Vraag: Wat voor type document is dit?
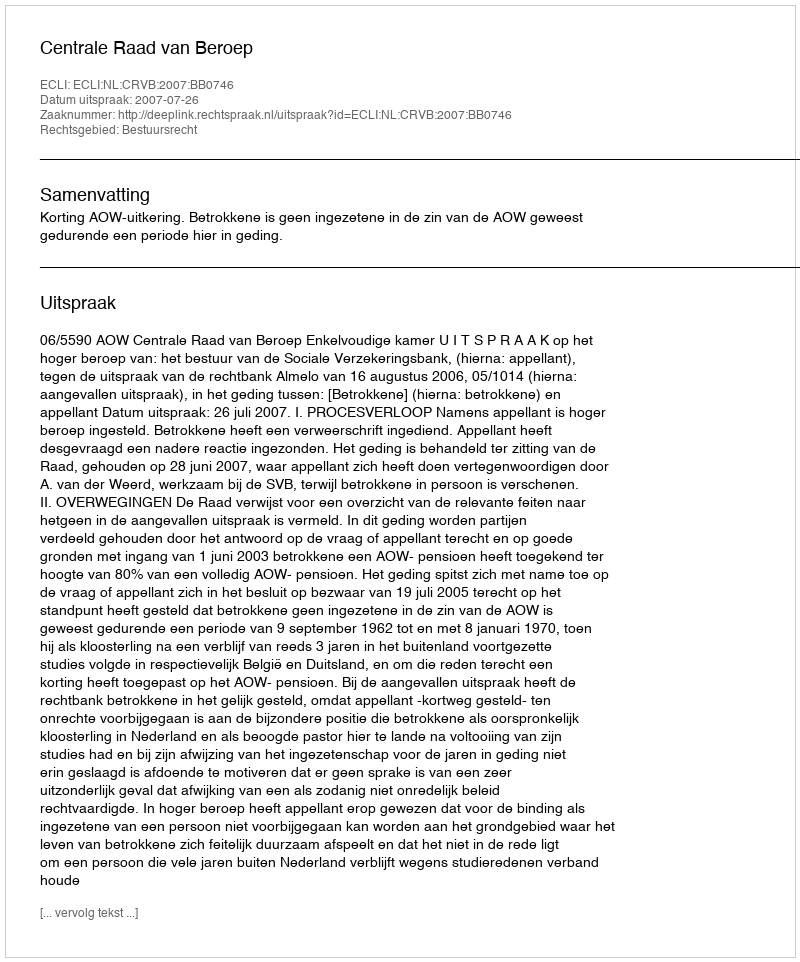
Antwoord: Uitspraak